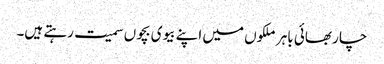
چار بھائی باہر ملکوں میں اپنے بیوی بچوں سمیت رہتے ہیں۔